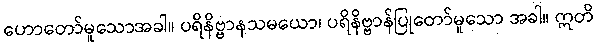
ဟောတော်မူသောအခါ။ ပရိနိဗ္ဗာနသမယော၊ ပရိနိဗ္ဗာန်ပြုတော်မူသော အခါ။ ဣတိ